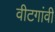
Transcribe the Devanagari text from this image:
वीटगांवी